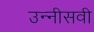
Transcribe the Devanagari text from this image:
उन्‍नीसवी